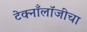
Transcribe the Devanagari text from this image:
टेक्नाँलॉजीचा